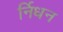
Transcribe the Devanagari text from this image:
र्निधन